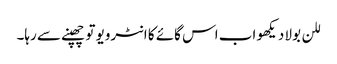
للن بولا دیکھو اب اس گائے کا انٹرویو تو چھپنے سے رہا۔